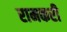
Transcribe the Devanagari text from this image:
रामकरी